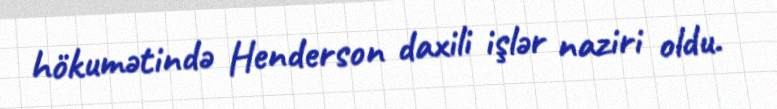
hökumətində Henderson daxili işlər naziri oldu.